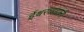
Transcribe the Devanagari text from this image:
ईश्वरवाद्यांनी